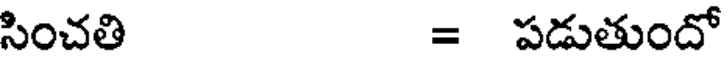
సించతి = పడుతుందో